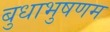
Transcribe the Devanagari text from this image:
बुधाभुषणम